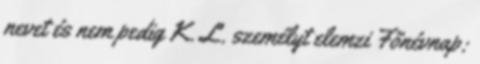
nevet és nem pedig K. L. személyt elemzi Főnévnap: